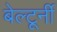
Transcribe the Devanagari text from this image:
बेल्टूर्नी